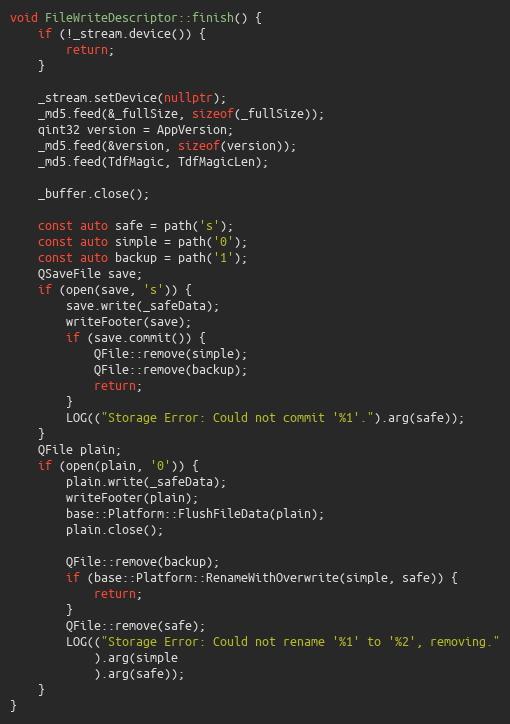
Language: C++
void FileWriteDescriptor::finish() {
	if (!_stream.device()) {
		return;
	}

	_stream.setDevice(nullptr);
	_md5.feed(&_fullSize, sizeof(_fullSize));
	qint32 version = AppVersion;
	_md5.feed(&version, sizeof(version));
	_md5.feed(TdfMagic, TdfMagicLen);

	_buffer.close();

	const auto safe = path('s');
	const auto simple = path('0');
	const auto backup = path('1');
	QSaveFile save;
	if (open(save, 's')) {
		save.write(_safeData);
		writeFooter(save);
		if (save.commit()) {
			QFile::remove(simple);
			QFile::remove(backup);
			return;
		}
		LOG(("Storage Error: Could not commit '%1'.").arg(safe));
	}
	QFile plain;
	if (open(plain, '0')) {
		plain.write(_safeData);
		writeFooter(plain);
		base::Platform::FlushFileData(plain);
		plain.close();

		QFile::remove(backup);
		if (base::Platform::RenameWithOverwrite(simple, safe)) {
			return;
		}
		QFile::remove(safe);
		LOG(("Storage Error: Could not rename '%1' to '%2', removing."
			).arg(simple
			).arg(safe));
	}
}